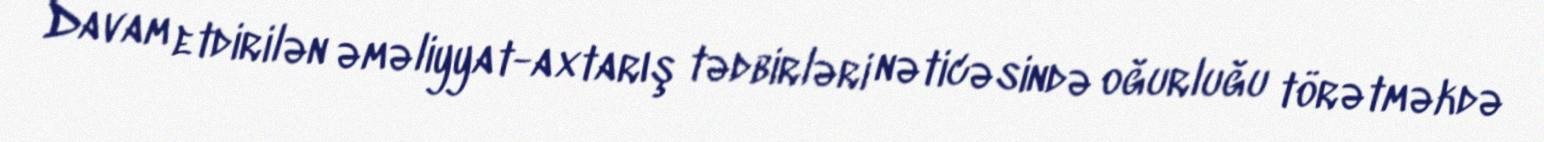
Davam etdirilən əməliyyat-axtarış tədbirləri nəticəsində oğurluğu törətməkdə